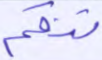
تنقم